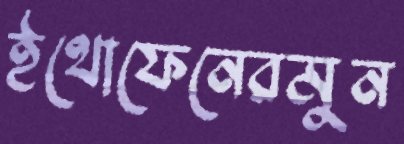
ইথোফেনেরমুন